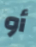
أو